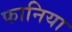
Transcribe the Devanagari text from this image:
फानिया